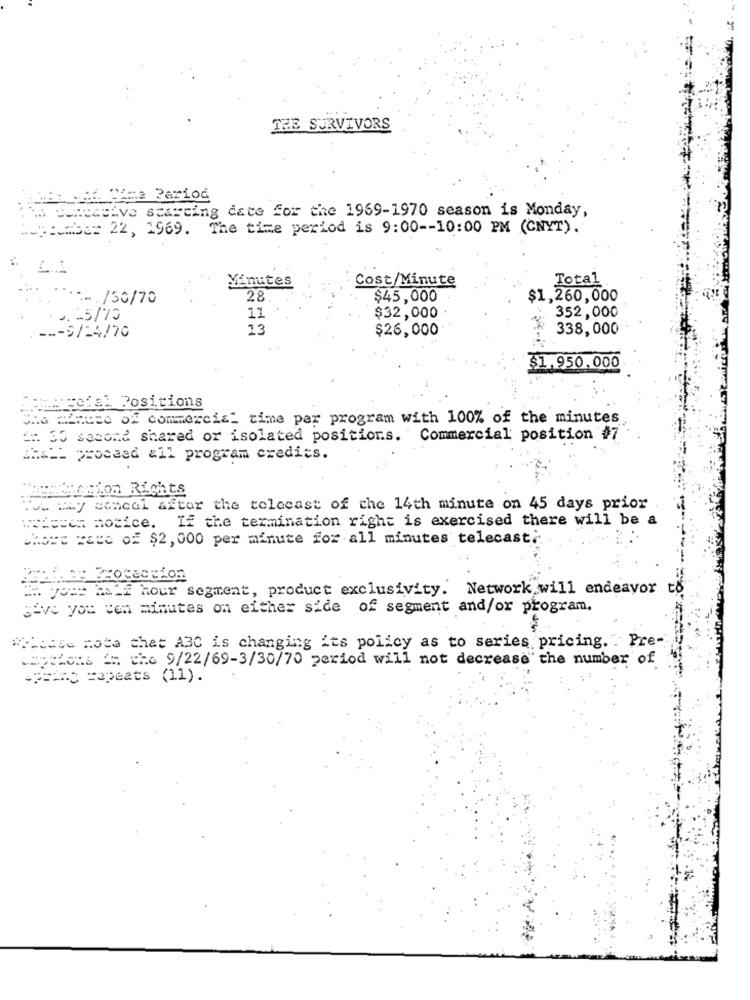
THE SURVIVORS
IM puneative starting date for the 1969-1970 season is Monday,
MuyEmbe= 22, 1969. The time period is 9:00 -- 10:00 PM (CNYT).
1.1
Cost/Minute
Total
Minutes
..... /30/70
28
$45,000
$1,260,000
352,000
J. - 5/70
11
$32,000
13
$26,000
338,000
$1.950,000
Commecial Positions
Che minuto of commercial time per program with 100% of the minutes
#: 30 second shared or isolated positions. Commercial position #7
Sh&Lt proceed all program credits.
Warstaction Rights
You may cancel after the telecast of the 14th minute on 45 days prior
iwiocen mocice. If the termination right is exercised there will be a
Short rate of $2, 000 per minute for all minutes' telecast.
Peeling Broceccion
Ha yers half hour segment, product exclusivity. Network will endeavor t
give you ven minutes on either side of segment and/or program.
*Clase note that A3C is changing its policy as to series pricing. . Pre-
peters in the 9/22/69-3/30/70 period will not decrease the number of
-p === C capeats (11).